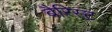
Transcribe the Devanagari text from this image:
बैरिस्ट